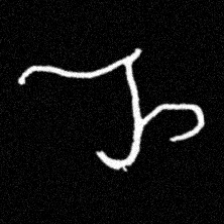
Pyu character \u2014 Myanmar letter: ည (romanized: nya)